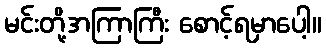
မင်းတို့အကြာကြီး စောင့်ရမှာပေါ့။